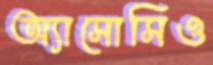
অ্যাসোসিও